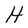
Character: H